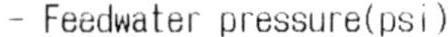
- FEEDWATER PRESSURE(PSI)